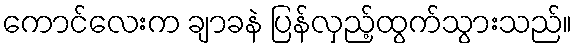
ကောင်လေးက ချာခနဲ ပြန်လှည့်ထွက်သွားသည်။